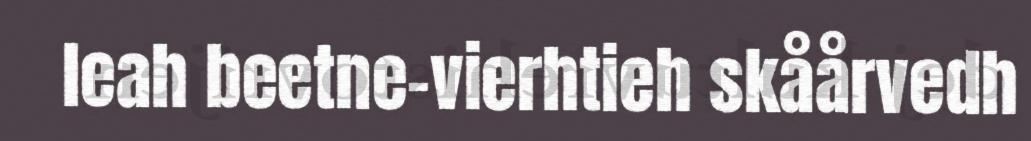
leah beetne-vierhtieh skåårvedh